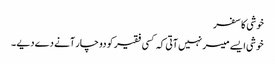
خوشی کا سفر
خوشی ایسے میسر نہیں آتی کہ کسی فقیر کو دو چار آنے دے دیے ۔